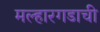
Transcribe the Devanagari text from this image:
मल्हारगडाची